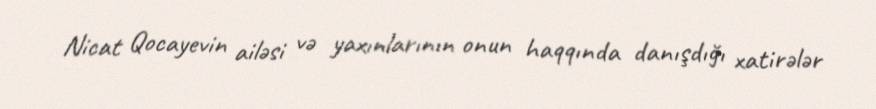
Nicat Qocayevin ailəsi və yaxınlarının onun haqqında danışdığı xatirələr